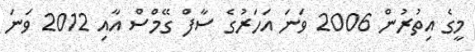
މީގެ އިތުރުން 2006 ވަނަ އަހަރުގެ ސާފް ގޭމްސް އާއި 2012 ވަނަ